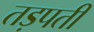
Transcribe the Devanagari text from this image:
तड़पती